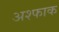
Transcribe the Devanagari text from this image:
अश्फाक